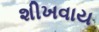
શીખવાય